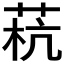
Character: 𰱓